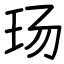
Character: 玚